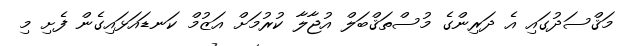
މަޤްސަދުގައި އެ ދަރިންގެ މުސްތަޤްބަލް އުޖާލާ ކުރުމަށް އަޒުމް ކަނޑައަޅައިގެން ފެށި މި